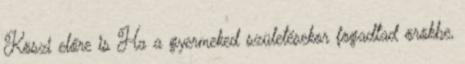
Köszi előre is Ha a gyermeked születésekor fogadtad örökbe,